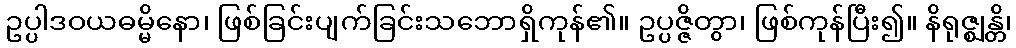
ဥပ္ပါဒဝယဓမ္မိနော၊ ဖြစ်ခြင်းပျက်ခြင်းသဘောရှိကုန်၏။ ဥပ္ပဇ္ဇိတွာ၊ ဖြစ်ကုန်ပြီး၍။ နိရုဇ္ဈန္တိ၊